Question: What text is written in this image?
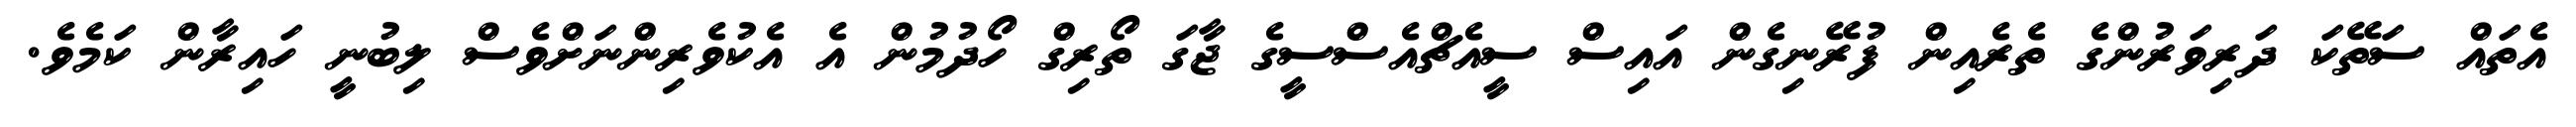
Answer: އެތައް ސަތޭކަ ދަރިވަރުންގެ ތެރެއިން ފުރޭނިގެން އައިސް ސީއެޗްއެސްސީގެ ޖާގަ ތޯރިގް ހޯދުމުން އެ އެކުވެރިންނަށްވެސް ލިބުނީ ހައިރާން ކަމެވެ.